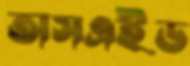
অসএইড